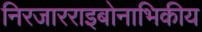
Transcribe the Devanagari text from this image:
निरजारराइबोनाभिकीय